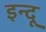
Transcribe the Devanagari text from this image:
इन्‍दू